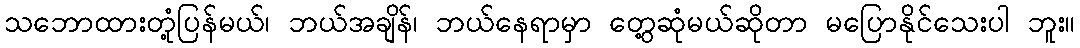
သဘောထားတုံ့ပြန်မယ်၊ ဘယ်အချိန်၊ ဘယ်နေရာမှာ တွေ့ဆုံမယ်ဆိုတာ မပြောနိုင်သေးပါ ဘူး။